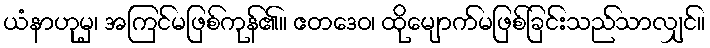
ယံနာဟုမှ၊ အကြင်မဖြစ်ကုန်၏။ ဧတဒေဝ၊ ထိုမျောက်မဖြစ်ခြင်းသည်သာလျှင်။